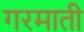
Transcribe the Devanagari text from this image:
गरमाती